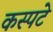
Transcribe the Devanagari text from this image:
कस्पटे